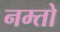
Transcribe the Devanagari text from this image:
नम्तो